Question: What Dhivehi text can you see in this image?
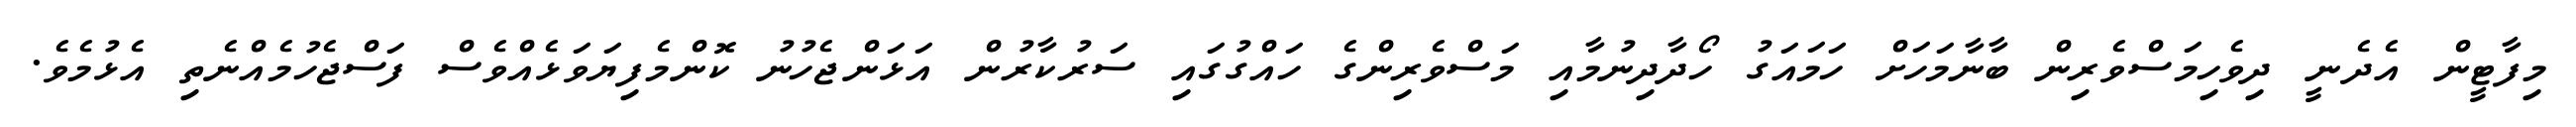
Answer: މިފާޓީން އެދެނީ ދިވެހިމަސްވެރިން ބާނާމަހަށް ހަމައަގު ހޯދާދިނުމާއި މަސްވެރިންގެ ހައްގުގައި ސަރުކާރުން އަޅަންޖެހުނު ކޮންމެފިޔަވަޅެއްވެސް ފަސްޖެހުމެއްނެތި އެޅުމެވެ.